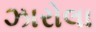
ઝારોલા